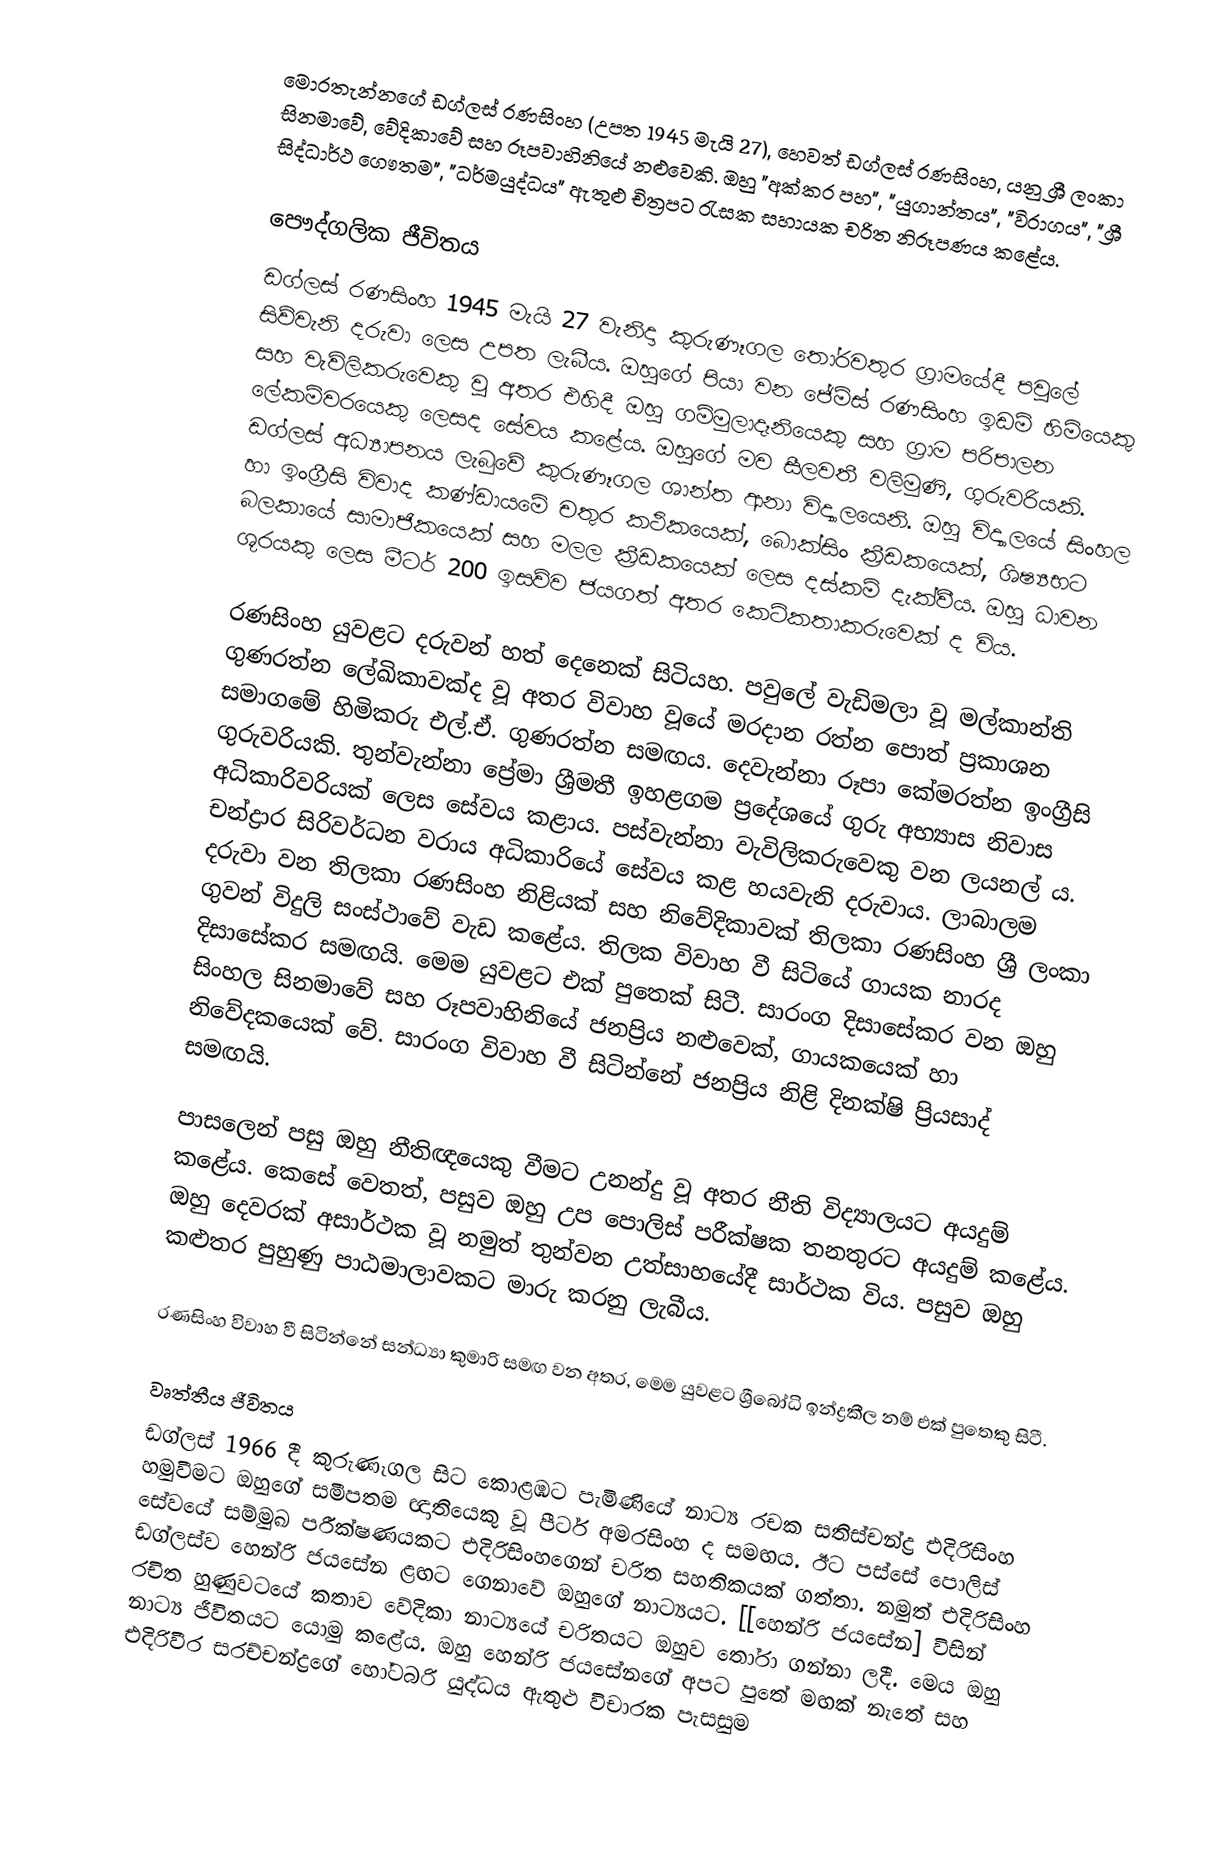
මොරතැන්නගේ ඩග්ලස් රණසිංහ (උපත 1945 මැයි 27), හෙවත් ඩග්ලස් රණසිංහ, යනු ශ්‍රී ලංකා සිනමාවේ, වේදිකාවේ සහ රූපවාහිනියේ නළුවෙකි. ඔහු "අක්කර පහ", "යුගාන්තය", "විරාගය", "ශ්‍රී සිද්ධාර්ථ ගෞතම", "ධර්මයුද්ධය" ඇතුළු චිත්‍රපට රැසක සහායක චරිත නිරූපණය කළේය.

පෞද්ගලික ජීවිතය
ඩග්ලස් රණසිංහ 1945 මැයි 27 වැනිදා කුරුණෑගල තෝරවතුර ග්‍රාමයේදී පවුලේ සිව්වැනි දරුවා ලෙස උපත ලැබීය. ඔහුගේ පියා වන ජේම්ස් රණසිංහ ඉඩම් හිමියෙකු සහ වැවිලිකරුවෙකු වූ අතර එහිදී ඔහු ගම්මුලාදෑනියෙකු සහ ග්‍රාම පරිපාලන ලේකම්වරයෙකු ලෙසද සේවය කළේය. ඔහුගේ මව සීලවතී වලිමුණි, ගුරුවරියකි. ඩග්ලස් අධ්‍යාපනය ලැබුවේ කුරුණෑගල ශාන්ත ආනා විද්‍යාලයෙනි. ඔහු විද්‍යාලයේ සිංහල හා ඉංග්‍රීසි විවාද කණ්ඩායමේ චතුර කථිකයෙක්, බොක්සිං ක්‍රීඩකයෙක්, ශිෂ්‍යභට බලකායේ සාමාජිකයෙක් සහ මලල ක්‍රීඩකයෙක් ලෙස දස්කම් දැක්වීය. ඔහු ධාවන ශූරයකු ලෙස මීටර් 200 ඉසව්ව ජයගත් අතර කෙටිකතාකරුවෙක් ද විය.

රණසිංහ යුවළට දරුවන් හත් දෙනෙක් සිටියහ. පවුලේ වැඩිමලා වූ මල්කාන්ති ගුණරත්න ලේඛිකාවක්ද වූ අතර විවාහ වූයේ මරදාන රත්න පොත් ප්‍රකාශන සමාගමේ හිමිකරු එල්.ඒ. ගුණරත්න සමඟය. දෙවැන්නා රූපා කේමරත්න ඉංග්‍රීසි ගුරුවරියකි. තුන්වැන්නා ප්‍රේමා ශ්‍රීමතී ඉහළගම ප්‍රදේශයේ ගුරු අභ්‍යාස නිවාස අධිකාරිවරියක් ලෙස සේවය කළාය. පස්වැන්නා වැවිලිකරුවෙකු වන ලයනල් ය. චන්ද්‍රාර සිරිවර්ධන වරාය අධිකාරියේ සේවය කළ හයවැනි දරුවාය. ලාබාලම දරුවා වන තිලකා රණසිංහ නිළියක් සහ නිවේදිකාවක් තිලකා රණසිංහ ශ්‍රී ලංකා ගුවන් විදුලි සංස්ථාවේ වැඩ කළේය. තිලක විවාහ වී සිටියේ ගායක නාරද දිසාසේකර සමඟයි. මෙම යුවළට එක් පුතෙක් සිටී. සාරංග දිසාසේකර වන ඔහු සිංහල සිනමාවේ සහ රූපවාහිනියේ ජනප්‍රිය නළුවෙක්, ගායකයෙක් හා නිවේදකයෙක් වේ. සාරංග විවාහ වී සිටින්නේ ජනප්‍රිය නිළි දිනක්ෂි ප්‍රියසාද් සමඟයි.

පාසලෙන් පසු ඔහු නීතිඥයෙකු වීමට උනන්දු වූ අතර නීති විද්‍යාලයට අයදුම් කළේය. කෙසේ වෙතත්, පසුව ඔහු උප පොලිස් පරීක්ෂක තනතුරට අයදුම් කළේය. ඔහු දෙවරක් අසාර්ථක වූ නමුත් තුන්වන උත්සාහයේදී සාර්ථක විය. පසුව ඔහු කළුතර පුහුණු පාඨමාලාවකට මාරු කරනු ලැබීය.

රණසිංහ විවාහ වී සිටින්නේ සන්ධ්‍යා කුමාරි සමඟ වන අතර, මෙම යුවළට ශ්‍රීබෝධි ඉන්ද්‍රකීල නම් එක් පුතෙකු සිටී.

වෘත්තීය ජීවිතය
ඩග්ලස් 1966 දී කුරුණෑගල සිට කොළඹට පැමිණියේ නාට්‍ය රචක සතිස්චන්ද්‍ර එදිරිසිංහ හමුවීමට ඔහුගේ සමීපතම ඥාතියෙකු වූ පීටර් අමරසිංහ ද සමඟය. ඊට පස්සේ පොලිස් සේවයේ සම්මුඛ පරීක්ෂණයකට එදිරිසිංහගෙන් චරිත සහතිකයක් ගත්තා. නමුත් එදිරිසිංහ ඩග්ලස්ව හෙන්රි ජයසේන ළඟට ගෙනාවේ ඔහුගේ නාට්‍යයට. [[හෙන්රි ජයසේන] විසින් රචිත හුණුවටයේ කතාව වේදිකා නාට්‍යයේ චරිතයට ඔහුව තෝරා ගන්නා ලදී. මෙය ඔහු නාට්‍ය ජීවිතයට යොමු කළේය. ඔහු හෙන්රි ජයසේනගේ අපට පුතේ මඟක් නැතේ සහ එදිරිවීර සරච්චන්ද්‍රගේ හෝටබරි යුද්ධය ඇතුළු විචාරක පැසසුම